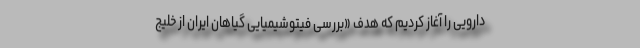
دارویی را آغاز کردیم که هدف «بررسی فیتوشیمیایی گیاهان ایران از خلیج